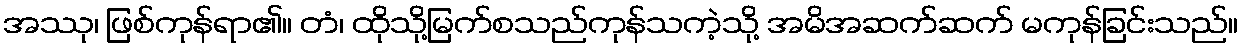
အဿု၊ ဖြစ်ကုန်ရာ၏။ တံ၊ ထိုသို့မြက်စသည်ကုန်သကဲ့သို့ အမိအဆက်ဆက် မကုန်ခြင်းသည်။